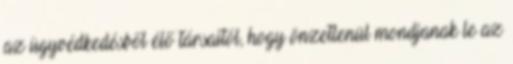
az ügyvédkedésből élő társaitól, hogy önzetlenül mondjanak le az